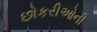
છોકરીઓની